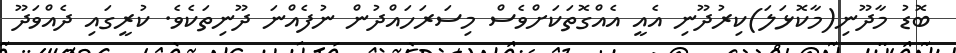
ބޮޑު މާދޫނި(މާކޮޅަލަ)ކިރުދޫނި އެއީ އެއްގޮތަކަށްވެސް މިސަރަހައްދުން ނުފެއްނަ ދޫނިތަކެވެ. ކުރީގައި ދެއްވަދޫ